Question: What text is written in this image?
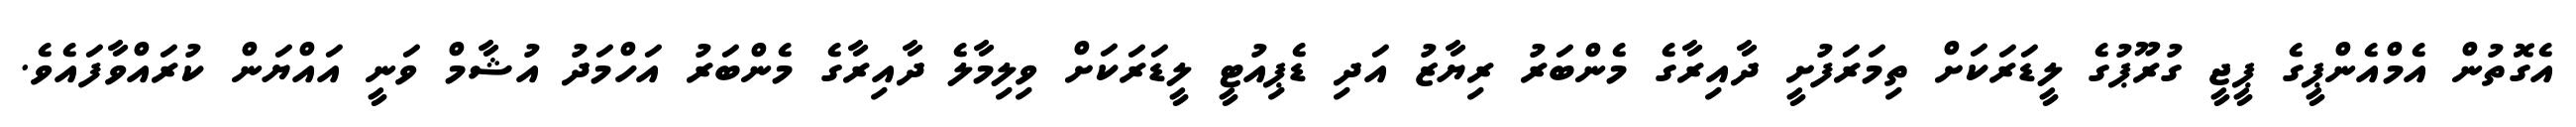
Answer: އެގޮތުން އެމްއެންޕީގެ ޕީޖީ ގުރޫޕުގެ ލީޑަރަކަށް ތިމަރަފުށީ ދާއިރާގެ މެންބަރު ރިޔާޒު އަދި ޑެޕިއުޓީ ލީޑަރަކަށް ވިލިމާލެ ދާއިރާގެ މެންބަރު އަހްމަދު އުޝާމް ވަނީ އައްޔަން ކުރައްވާފައެވެ.